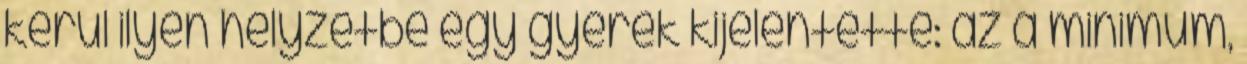
kerül ilyen helyzetbe egy gyerek kijelentette: az a minimum,